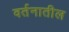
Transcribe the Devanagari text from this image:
वर्तनातील